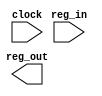
module shift_reg(reg_out, reg_in, clock);

output [3:0] reg_out;
input [3:0] reg_in;
input clock;

//internals not shown

endmodule